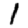
Digit: 1